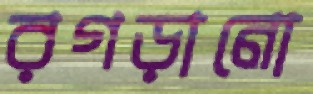
রগড়ানো